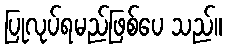
ပြုလုပ်ရမည်ဖြစ်ပေ သည်။